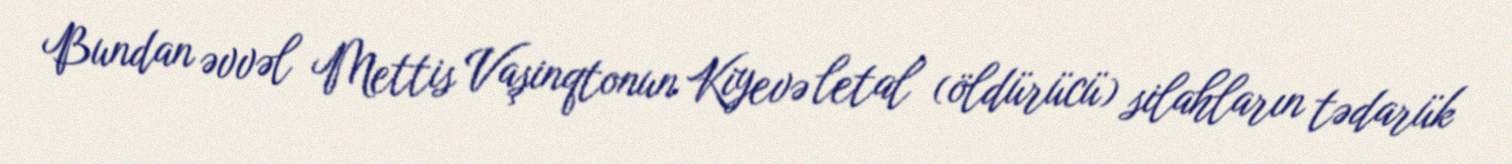
Bundan əvvəl Mettis Vaşinqtonun Kiyevə letal (öldürücü) silahların tədarük